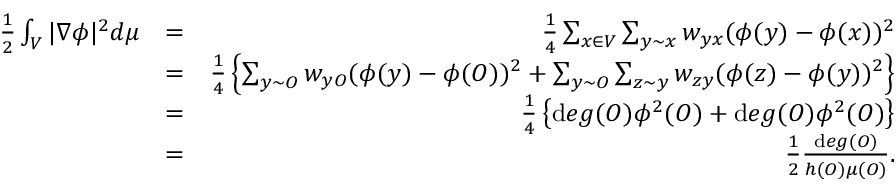
\begin{array} { r l r } { \frac { 1 } { 2 } \int _ { V } | \nabla \phi | ^ { 2 } d \mu } & { = } & { \frac { 1 } { 4 } \sum _ { x \in V } \sum _ { y \sim x } w _ { y x } ( \phi ( y ) - \phi ( x ) ) ^ { 2 } } \\ & { = } & { \frac { 1 } { 4 } \left\{ \sum _ { y \sim O } w _ { y O } ( \phi ( y ) - \phi ( O ) ) ^ { 2 } + \sum _ { y \sim O } \sum _ { z \sim y } w _ { z y } ( \phi ( z ) - \phi ( y ) ) ^ { 2 } \right\} } \\ & { = } & { \frac { 1 } { 4 } \left\{ { \mathrm { d } e g } ( O ) \phi ^ { 2 } ( O ) + { \mathrm { d } e g } ( O ) \phi ^ { 2 } ( O ) \right\} } \\ & { = } & { \frac { 1 } { 2 } \frac { { \mathrm { d } e g } ( O ) } { h ( O ) \mu ( O ) } . } \end{array}